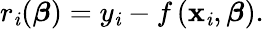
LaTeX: r_{\mathit{i}}({\boldsymbol{\beta}})=y_{\mathit{i}}-f\left(\mathbf{x}_{\mathit{i}},{\boldsymbol{\beta}}\right).